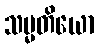
သမ္မတိယော